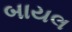
બાયલ